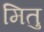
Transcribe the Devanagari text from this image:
मितु